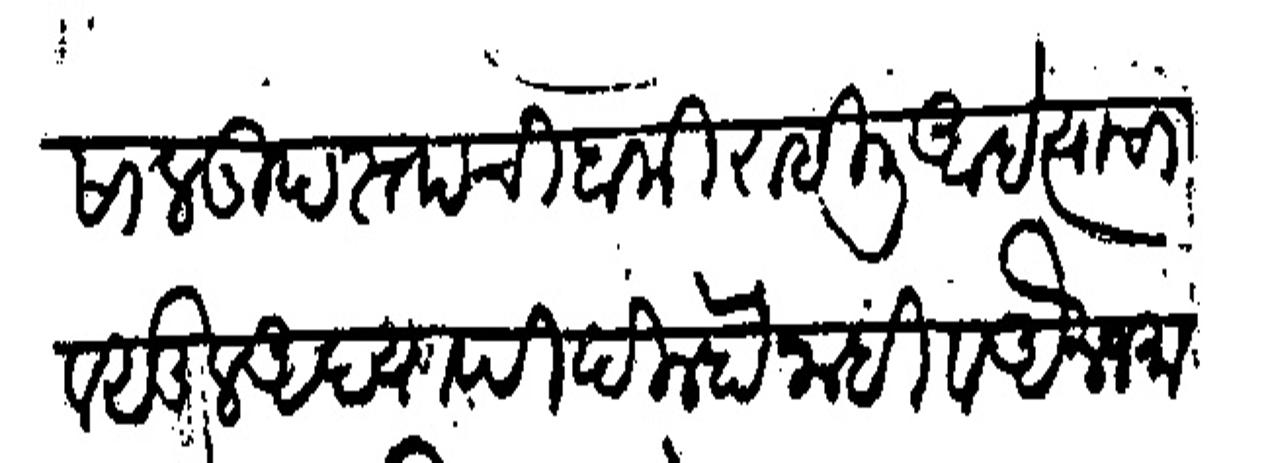
Transliteration (Devanagari): साल गुदस्ताची बाकी राहीली आहे त्याचा वसुल अद्यापी दिल्हे नाही व अन जमाबंदी